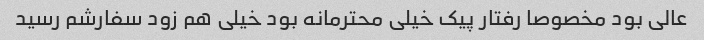
عالی بود مخصوصا رفتار پیک خیلی محترمانه بود خیلی هم زود سفارشم رسید